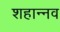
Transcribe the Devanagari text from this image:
शहान्‍नव